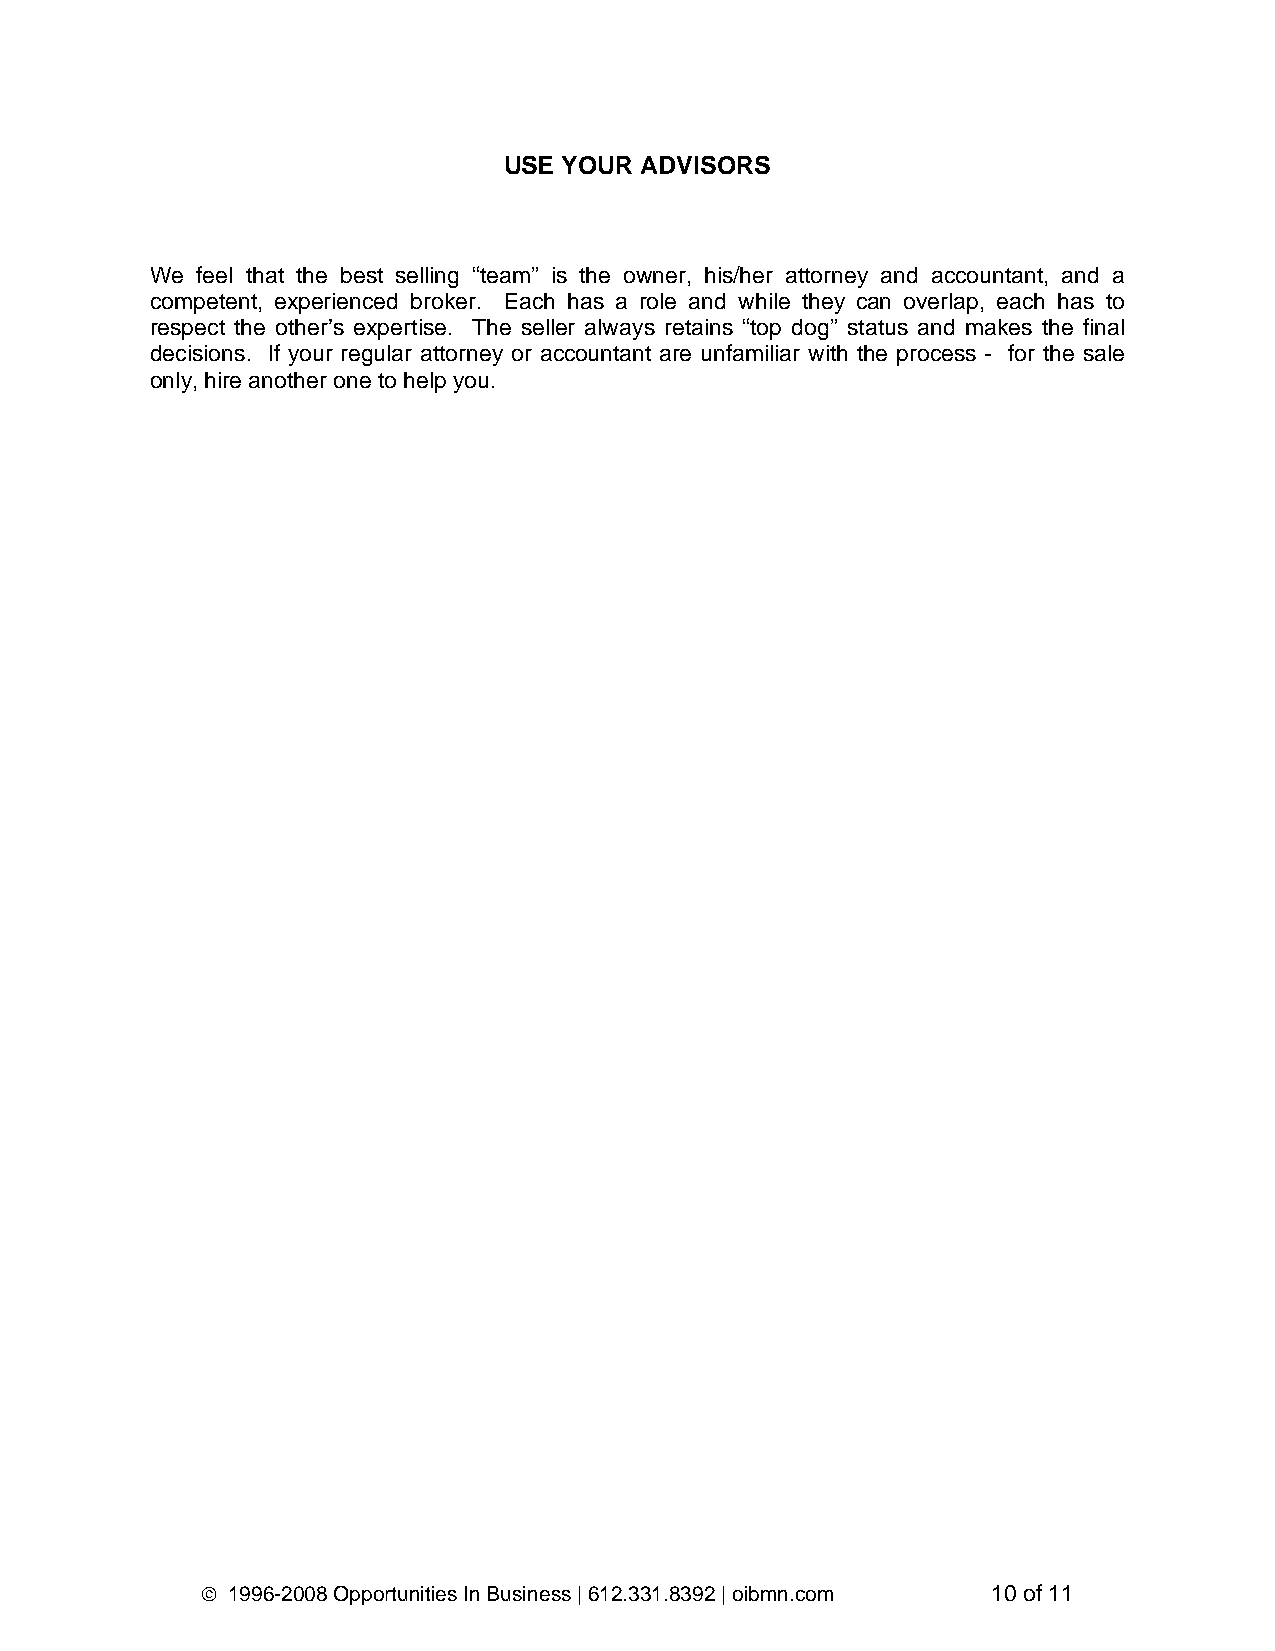
USE YOUR ADVISORS
 We feel that the best selling “team” is the owner, his/her attorney and accountant, and a
 competent, experienced broker. Each has a role and while they can overlap, each has to
 respect the other’s expertise. The seller always retains “top dog” status and makes the final
 decisions. If your regular attorney or accountant are unfamiliar with the process - for the sale
 only, hire another one to help you.
 © 1996-2008 Opportunities In Business | 612.331.8392 | oibmn.com 10 of 11